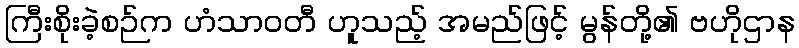
ကြီးစိုးခဲ့စဉ်က ဟံသာဝတီ ဟူသည့် အမည်ဖြင့် မွန်တို့၏ ဗဟိုဌာန